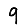
Digit: 9